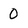
Character: 0